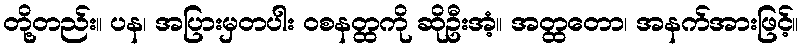
တို့တည်း။ ပန၊ အပြားမှတပါး ဝစနတ္ထကို ဆိုဦးအံ့။ အတ္ထတော၊ အနက်အားဖြင့်။